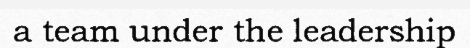
a team under the leadership